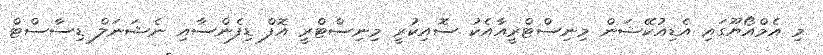
މި އެމްއޯޔޫގައި އެޑިއުކޭޝަން މިނިސްޓްރީއާއެކު ސޮއިކުރީ މިނިސްޓްރީ އޮފް ޑިފެންސާއި ނެޝަނަލް ޑިސާސްޓް